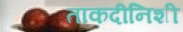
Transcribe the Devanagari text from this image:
ताकदीनिशी